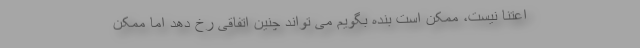
اعتنا نیست، ممکن است بنده بگویم می تواند چنین اتفاقی رخ دهد اما ممکن